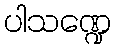
ပါသဏ္ဍေ